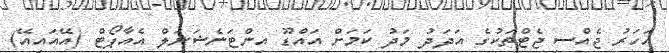
އަހަރު ޖެއްސި ޖެޓްތަކުގެ އަދަދު މަދު ކަމަށް އައްޑޫ އިންޓަނެޝަނަލް އެއާޕޯޓް (އޭއައިއޭ)